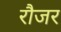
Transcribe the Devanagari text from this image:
रौजर